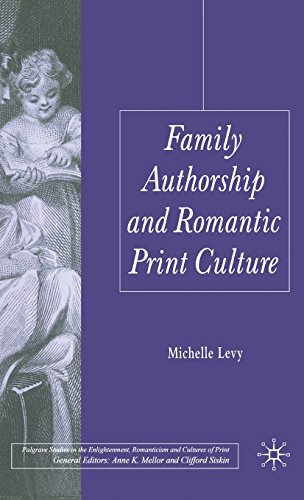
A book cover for Family Authorship and Romantic Print Culture (Palgrave Studies in the Enlightenment, Romanticism and the Cultures of Print); Michelle Levy; Romance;